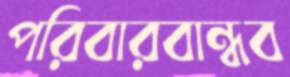
পরিবারবান্ধব